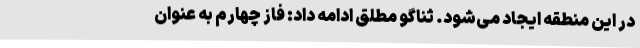
در این منطقه ایجاد می‌شود. ثناگو مطلق ادامه داد: فاز چهارم به عنوان